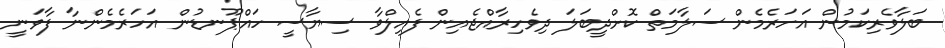
ބަލާވެރިކަމުން އަހަރެމެން ސަލާމަތް ކޮށްދީބަލަ ދިިވެހިރާއްޖެއިން ފެއިލްވާ ސިޔާސީ ހައްޕޫނޑުން އަހަރެމެންނާ ފާވަނީ